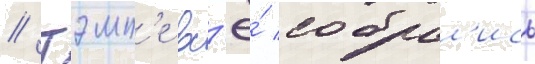
// Тэмп'е вс'ё́ собрал'ись